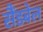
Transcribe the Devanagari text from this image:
सैंडबेल